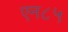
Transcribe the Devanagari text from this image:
एन८५